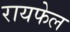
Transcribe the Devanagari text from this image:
रायफेल